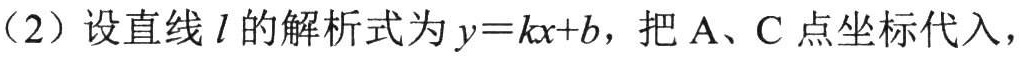
（2）设直线\(l\)的解析式为\(y = kx + b\)，把\(A、C\)点坐标代入，